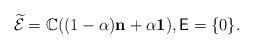
LaTeX: \begin{align*}\widetilde{\mathcal E}=\mathbb C((1-\alpha)\mathbf n+\alpha\mathbf 1),\mathsf E=\{0\}.\end{align*}